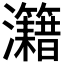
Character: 𤅔